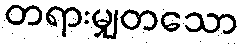
တရားမျှတသော